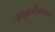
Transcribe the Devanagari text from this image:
अदाकारीप्रधान